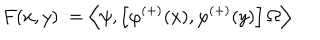
F ( x , y ) : = \left\langle \psi , \left[ \varphi ^ { ( + ) } ( x ) , \varphi ^ { ( + ) } ( y ) \right] \Omega \right\rangle